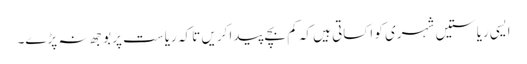
ایسی ریاستیں شہری کو اکساتی ہیں کہ کم بچے پیدا کریں تا کہ ریاست پر بوجھ نہ پڑے۔